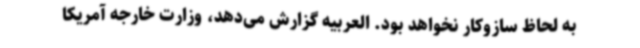
به لحاظ سازوکار نخواهد بود. العربیه گزارش می‌دهد، وزارت خارجه آمریکا